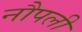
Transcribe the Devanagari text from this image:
नौपली